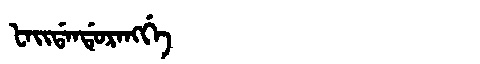
Manchu: ᡶᠠᡳᡩᠠᠨᡩᡠᡵᠠᠩᡤᡝ
Romanization: FAIDANDURANGGE